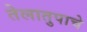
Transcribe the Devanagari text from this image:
तेलातुपाचे